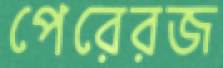
পেরেরজ